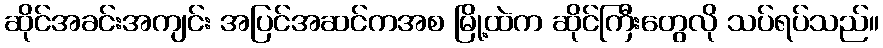
ဆိုင်အခင်းအကျင်း အပြင်အဆင်ကအစ မြို့ထဲက ဆိုင်ကြီးတွေလို သပ်ရပ်သည်။